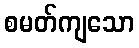
စမတ်ကျသော